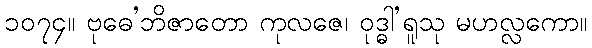
၁၀၇၄။ ဗုဓေ’ဘိဇာတော ကုလဇေ၊ ဝုဒ္ဓါ’ရူသု မဟလ္လကော။